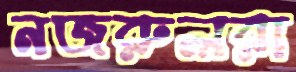
নজরুলরা